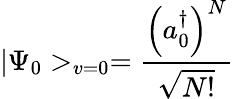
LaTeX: |\Psi_{0}>_{v=0}=\frac{\left(a_{0}^{\dagger}\right)^{N}}{\sqrt{N!}}